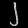
Digit: ၂